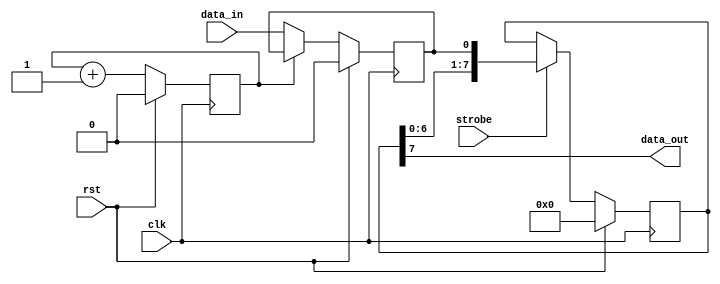
module pci_express_controller(
    input wire clk,
    input wire rst,
    input wire data_in,
    input wire strobe,
    
    output wire data_out
);

// Timing control and synchronization blocks

// Clock signal handling
reg clk_divider;
always @(posedge clk) begin
    if (rst) begin
        clk_divider <= 0;
    end else begin
        clk_divider <= clk_divider + 1;
    end
end

// Data sampling
reg data_sampled;
always @(posedge clk) begin
    if (rst) begin
        data_sampled <= 0;
    end else if (clk_divider == 0) begin
        data_sampled <= data_in;
    end
end

// Data alignment and buffering
reg [7:0] buffer;
always @(posedge clk) begin
    if (rst) begin
        buffer <= 8'b0;
    end else if (strobe) begin
        buffer <= {buffer[6:0], data_sampled};
    end
end

// Output data
assign data_out = buffer[7];

endmodule